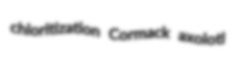
chloritization Cormack axolotl